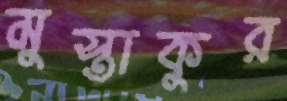
মুস্তাকুর